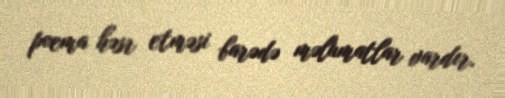
poema həsr etməsi barədə məlumatlar vardır.